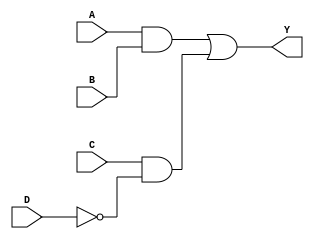
module sop_logic (
    input wire A,  // First input
    input wire B,  // Second input
    input wire C,  // Third input
    input wire D,  // Fourth input
    output wire Y  // Output
);

// Intermediate signals for product terms
wire AB;           // A AND B
wire C_not_D;     // C AND NOT D
wire D_not;       // NOT D

// Implementing the product terms
assign AB = A & B;          // A AND B
assign D_not = ~D;          // NOT D
assign C_not_D = C & D_not; // C AND NOT D

// Final output using OR operation
assign Y = AB | C_not_D;    // Output Y = (A AND B) OR (C AND NOT D)

endmodule